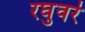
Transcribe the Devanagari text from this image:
रघुवरं